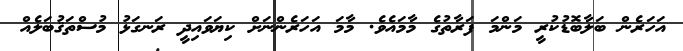
އަހަރެން ބަލާބޮޑުކުރީ މަންމަ ފަރާތުގެ މާމައެވެ. މާމަ އަހަރެންނަށް ކިޔަވައިދީ ރަނގަޅު މުސްތަޤުބަލެއް